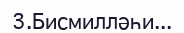
3.Бисмилләһи...